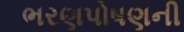
ભરણપોષણની